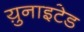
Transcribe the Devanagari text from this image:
य़ुनाइटेड